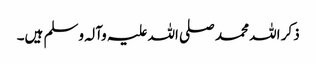
ذکر اللہ محمد صلی اللہ علیہ وآلہ وسلم ہیں۔